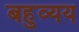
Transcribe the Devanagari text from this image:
बहुव्यय